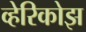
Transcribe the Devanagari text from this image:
व्हेरिकोझ